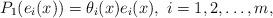
LaTeX: \begin{align*}P_1(e_i(x))=\theta_i(x)e_i(x), \ i=1,2,\ldots,m,\end{align*}